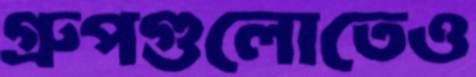
গ্রুপগুলোতেও